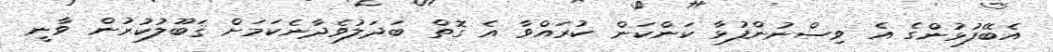
އެބޭފުޅުންގެ އެ ވިސްނުންފުޅާ ކަންކަން ކުރައްވާ އެ ގޮތް ބަދަލުވެދާނެކަމަށް ޤަބޫލުކުރުން ވާނީ